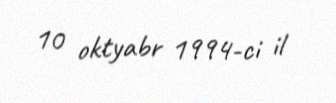
10 oktyabr 1994-ci il